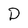
Character: D